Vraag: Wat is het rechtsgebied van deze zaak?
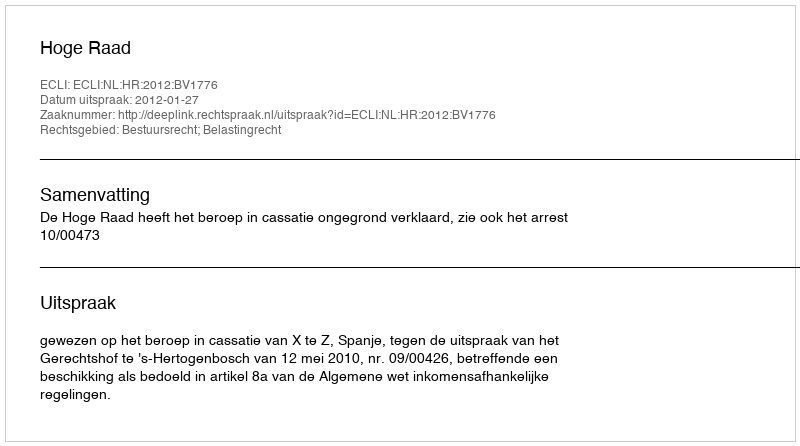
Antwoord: Bestuursrecht; Belastingrecht